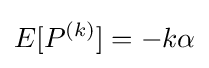
E[P^{(k)}]=-k\alpha